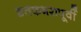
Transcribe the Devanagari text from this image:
शतकभरापूर्वी